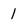
Character: 1